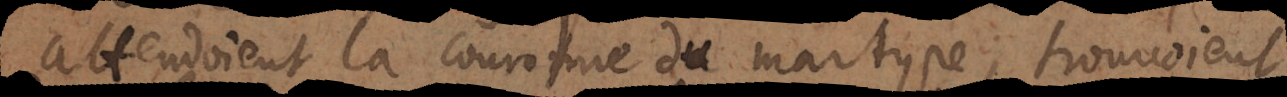
attendoient la couronne du martyre, trouvoient